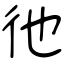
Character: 彵